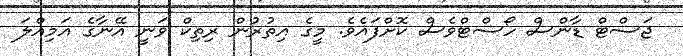
ޖަސްޓް ޑާންސް ހޯސްޓްވެސް ކޮށްފައެވެ. މީގެ އިތުރުން ރިތިކް ވަނީ އޭނާގެ އަމިއްލަ